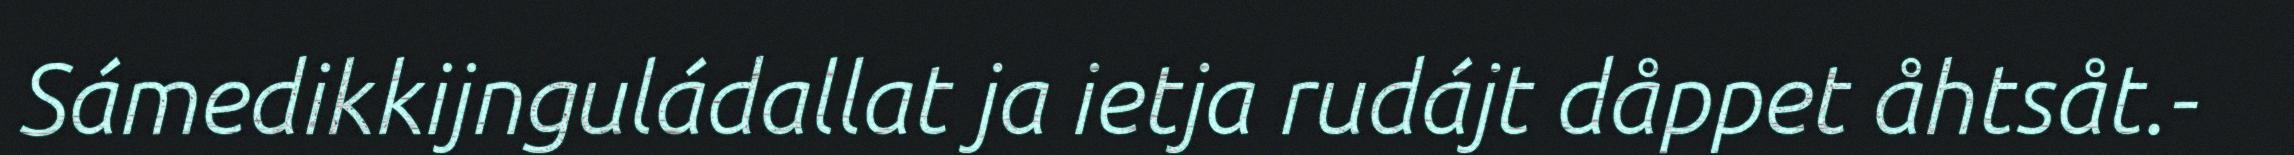
Sámedikkijnguládallat ja ietja rudájt dåppet åhtsåt.-